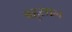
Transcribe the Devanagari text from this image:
बहुसाल